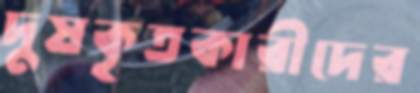
দুষকৃতকারীদের